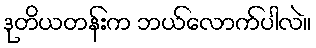
ဒုတိယတန်းက ဘယ်လောက်ပါလဲ။